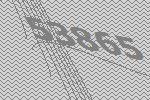
53865